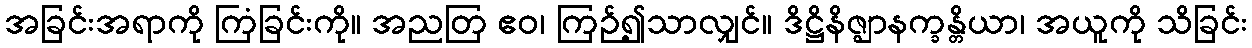
အခြင်းအရာကို ကြံခြင်းကို။ အညတြ ဧဝ၊ ကြဉ်၍သာလျှင်။ ဒိဋ္ဌိနိဇ္ဈာနက္ခန္တိယာ၊ အယူကို သိခြင်း